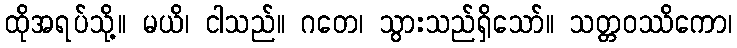
ထိုအရပ်သို့။ မယိ၊ ငါသည်။ ဂတေ၊ သွားသည်ရှိသော်။ သတ္တဝဿိကော၊